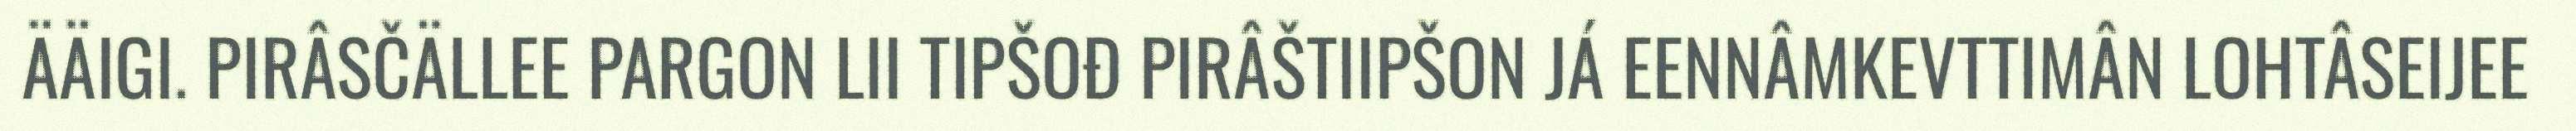
ÄÄIGI. PIRÂSČÄLLEE PARGON LII TIPŠOĐ PIRÂŠTIIPŠON JÁ EENNÂMKEVTTIMÂN LOHTÂSEIJEE